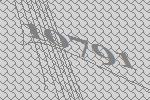
10791